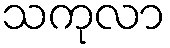
သကုလာ